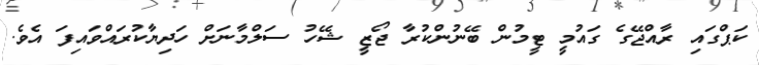
ކަޕްގައި ރާއްޖޭގެ ގައުމީ ޓީމުން ބޭނުންކުރާ ޖޯޒީ ޝޭހު ސަލްމާނަށް ހަދިޔާކުރައްވައިފަ އެވެ.